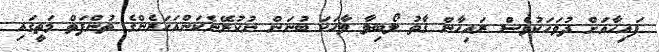
ފައިހާއަށް ދުވަހަކުވެސް ރައިހާން ގާތު ލޯބިވާ ވާހަކަ ބުނަން ނުކުރޭނެކަންއަހަރެންގެ ތުންފަތް މަތީގައި